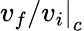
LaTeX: \left.v_{f}/v_{i}\right|_{c}